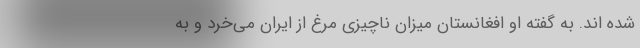
شده اند. به گفته او افغانستان میزان ناچیزی مرغ از ایران می‌خرد و به